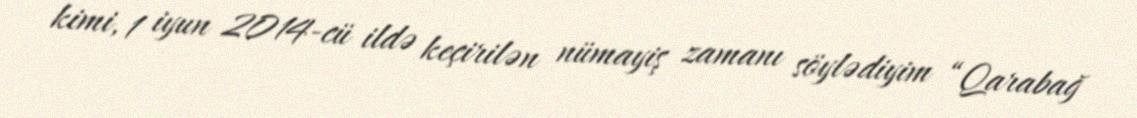
kimi, 1 iyun 2014-cü ildə keçirilən nümayiş zamanı söylədiyim “Qarabağ